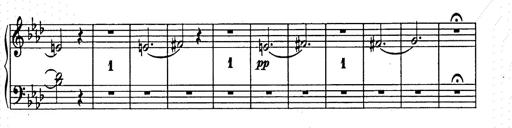
Title: Weihnachtsbaum
Composer: Franz Liszt